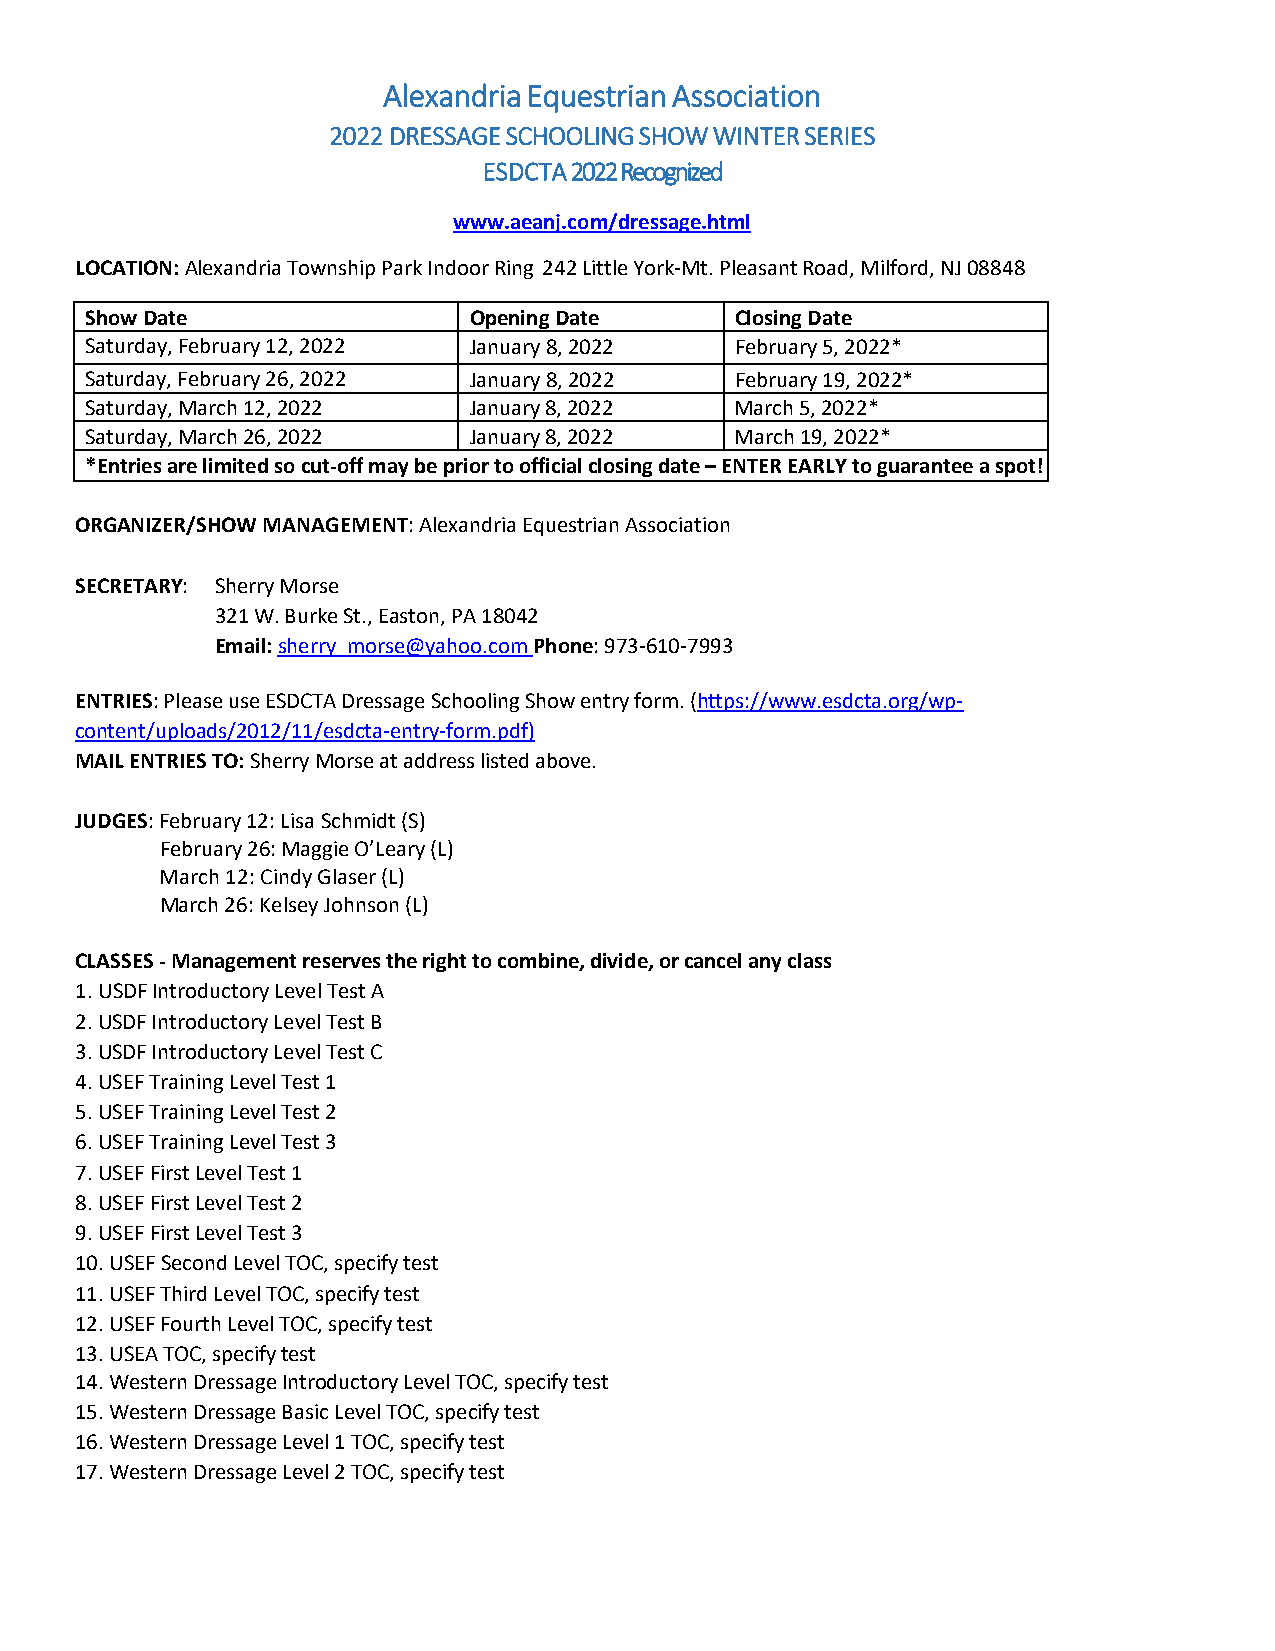
Alexandria Equestrian Association
 2022 DRESSAGE SCHOOLING SHOW WINTER SERIES
 ESDCTA 2022 Recognized
 www.aeanj.com/dressage.html
 LOCATION: Alexandria Township Park Indoor Ring 242 Little York‐Mt. Pleasant Road, Milford, NJ 08848
 Show Date                OpeningDate       ClosingDate
 Saturday, February 12, 2022 January 8, 2022 February 5, 2022*
 Saturday, February 26, 2022 January 8, 2022 February 19, 2022*
 Saturday, March 12, 2022 January 8, 2022   March 5, 2022*
 Saturday, March 26, 2022 January 8, 2022   March 19, 2022*
 *Entries are limited so cut‐off may be prior to official closing date – ENTER EARLY to guarantee a spot!
 ORGANIZER/SHOW MANAGEMENT: Alexandria Equestrian Association
 SECRETARY: Sherry Morse
 321 W. Burke St., Easton, PA 18042
 Email: sherry_morse@yahoo.com Phone: 973‐610‐7993
 ENTRIES: Please use ESDCTA Dressage Schooling Show entry form. (https://www.esdcta.org/wp‐
 content/uploads/2012/11/esdcta‐entry‐form.pdf)
 MAIL ENTRIES TO: Sherry Morse at address listed above.
 JUDGES: February 12: Lisa Schmidt (S)
 February 26: Maggie O’Leary (L)
 March 12: Cindy Glaser (L)
 March 26: Kelsey Johnson (L)
 CLASSES ‐ Management reserves the right to combine, divide, or cancel any class
 1. USDF Introductory Level Test A
 2. USDF Introductory Level Test B
 3. USDF Introductory Level Test C
 4. USEF Training Level Test 1
 5. USEF Training Level Test 2
 6. USEF Training Level Test 3
 7. USEF First Level Test 1
 8. USEF First Level Test 2
 9. USEF First Level Test 3
 10. USEF Second Level TOC, specify test
 11. USEF Third Level TOC, specify test
 12. USEF Fourth Level TOC, specify test
 13. USEA TOC, specify test
 14. Western Dressage Introductory Level TOC, specify test
 15. Western Dressage Basic Level TOC, specify test
 16. Western Dressage Level 1 TOC, specify test
 17. Western Dressage Level 2 TOC, specify test